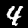
Digit: 4